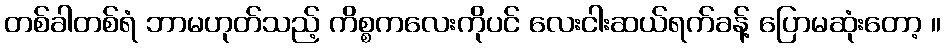
တစ်ခါတစ်ရံ ဘာမဟုတ်သည့် ကိစ္စကလေးကိုပင် လေးငါးဆယ်ရက်ခန့် ပြောမဆုံးတော့ ။